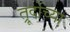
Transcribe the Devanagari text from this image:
त्रूदोच्या